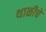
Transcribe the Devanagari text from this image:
थाळीचे